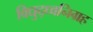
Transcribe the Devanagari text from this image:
विद्युद्ध्वनिग्रह